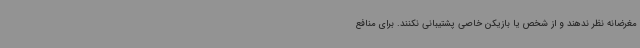
مغرضانه نظر ندهند و از شخص یا بازیکن خاصی پشتیبانی نکنند. برای منافع